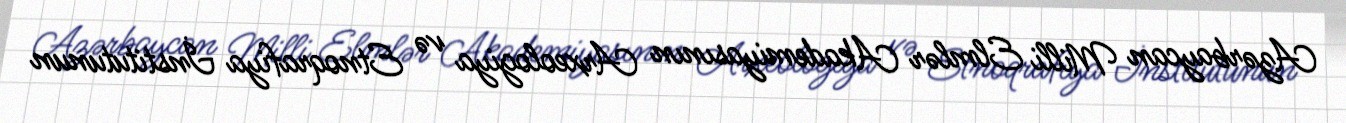
Azərbaycan Milli Elmlər Akademiyasının Arxeologiya və Etnoqrafiya İnstitutunun